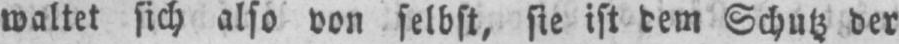
waltet sich also von selbst, sie ist dem Schutz der